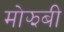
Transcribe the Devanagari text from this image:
मोझबी